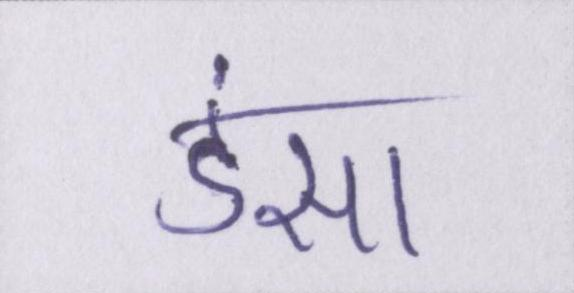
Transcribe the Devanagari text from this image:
डंसा